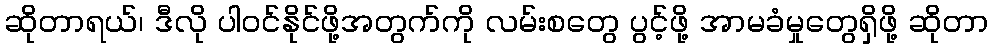
ဆိုတာရယ်၊ ဒီလို ပါဝင်နိုင်ဖို့အတွက်ကို လမ်းစတွေ ပွင့်ဖို့ အာမခံမှုတွေရှိဖို့ ဆိုတာ